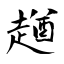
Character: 趥